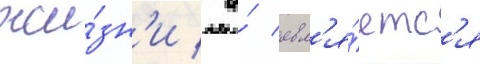
жи́зн'и / а́ явл'я́етс'я